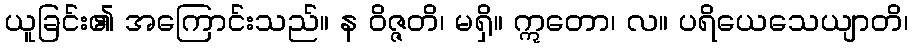
ယူခြင်း၏ အကြောင်းသည်။ န ဝိဇ္ဇတိ၊ မရှိ။ ဣတော၊ လ။ ပရိယေသေယျာတိ၊